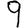
Digit: 9